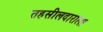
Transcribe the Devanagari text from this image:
तहसीलदाराला